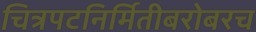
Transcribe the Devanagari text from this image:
चित्रपटनिर्मितीबरोबरच